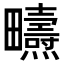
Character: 𤴃